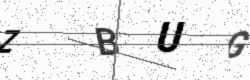
Text: ZBUG